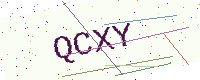
Text: QCXY